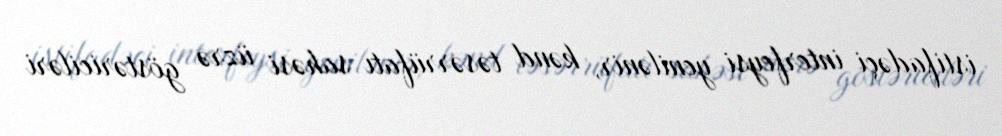
istifadəçi interfeysi yenilənir, kənd təsərrüfatı sahəsi üzrə göstəriciləri